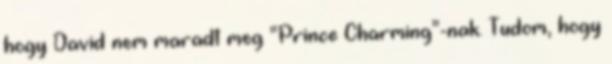
hogy David nem maradt meg “Prince Charming”-nak. Tudom, hogy